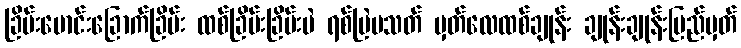
ခြိမ်းမောင်းခြောက်ခြိမ်း ထစ်ခြိမ်းခြိမ်းမဲ ရစ်မြဲမသတ် မှတ်လေထစ်ချုန်း ချုန်းချုန်းမြည်မှတ်